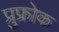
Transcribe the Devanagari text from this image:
प्रुफ्रोक